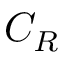
C _ { R }